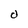
Character: 0